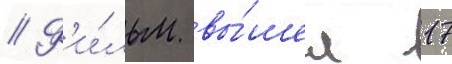
// Ф'и́льм вы́шел 17